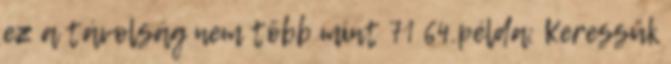
ez a távolság nem több mint 71 64.példa: Keressük